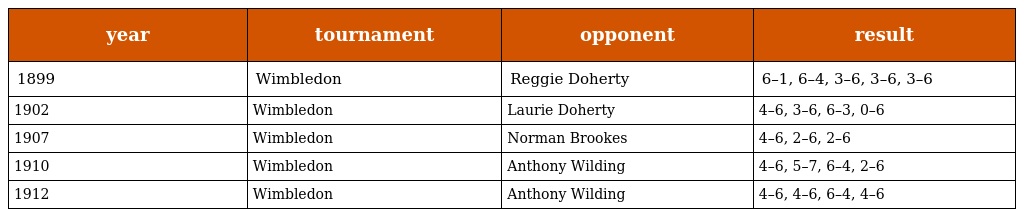
| year | tournament | opponent | result |
 | --- | --- | --- | --- |
 | 1899 | Wimbledon | Reggie Doherty | 6–1, 6–4, 3–6, 3–6, 3–6 |
 | 1902 | Wimbledon | Laurie Doherty | 4–6, 3–6, 6–3, 0–6 |
 | 1907 | Wimbledon | Norman Brookes | 4–6, 2–6, 2–6 |
 | 1910 | Wimbledon | Anthony Wilding | 4–6, 5–7, 6–4, 2–6 |
 | 1912 | Wimbledon | Anthony Wilding | 4–6, 4–6, 6–4, 4–6 |